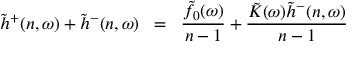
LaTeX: \tilde { h } ^ { + } ( n , \omega ) + \tilde { h } ^ { - } ( n , \omega ) \; \; = \; \; \frac { \tilde { f } _ { 0 } ( \omega ) } { n - 1 } + \frac { \tilde { K } ( \omega ) \tilde { h } ^ { - } ( n , \omega ) } { n - 1 }